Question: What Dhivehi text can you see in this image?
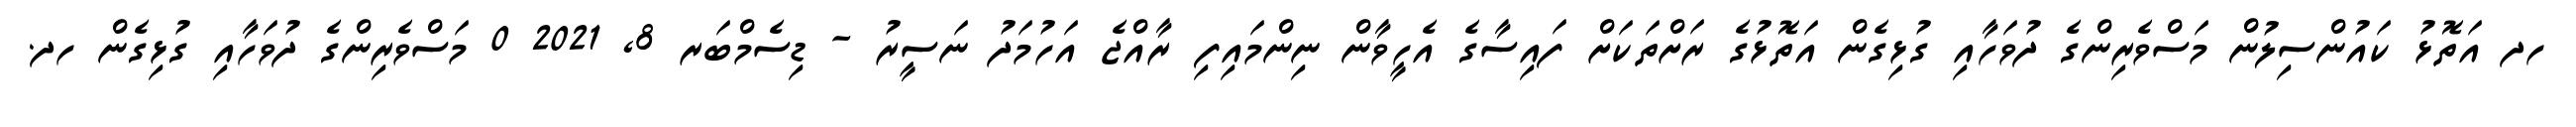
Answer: ހދ އަތޮޅު ކައުންސިލުން މަސްވެރިންގެ ދުވަހާއި ގުޅިގެން އަތޮޅުގެ ރަށްތަކަށް ފައިސާގެ އެހީވާން ނިންމައިފި ރާއްޖެ އަހުމަދު ނަސީރު - ޑިސެމްބަރ 8, 2021 0 މަސްވެރިންގެ ދުވަހާއި ގުޅިގެން ހދ.